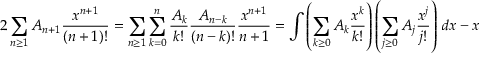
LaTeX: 2 \sum _ { n \geq 1 } A _ { n + 1 } { \frac { x ^ { n + 1 } } { ( n + 1 ) ! } } = \sum _ { n \geq 1 } \sum _ { k = 0 } ^ { n } { \frac { A _ { k } } { k ! } } { \frac { A _ { n - k } } { ( n - k ) ! } } { \frac { x ^ { n + 1 } } { n + 1 } } = \int \left( \sum _ { k \geq 0 } A _ { k } { \frac { x ^ { k } } { k ! } } \right) \left( \sum _ { j \geq 0 } A _ { j } { \frac { x ^ { j } } { j ! } } \right) \, d x - x